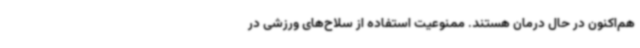
هم‌اکنون در حال درمان هستند. ممنوعیت استفاده از سلاح‌های ورزشی در